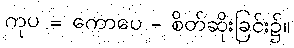
ကုပ = ကောပေ - စိတ်ဆိုးခြင်း၌။